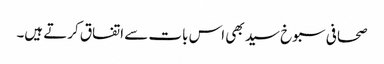
صحافی سبوخ سید بھی اس بات سے اتفاق کرتے ہیں۔